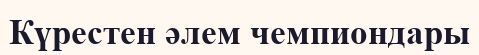
Күрестен әлем чемпиондары